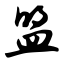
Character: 盟